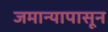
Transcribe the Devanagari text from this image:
जमान्यापासून